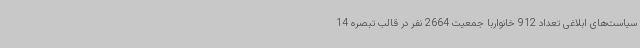
سیاست‌های ابلاغی تعداد 912 خانواربا جمعیت 2664 نفر در قالب تبصره 14